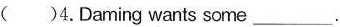
( )4. Daming wants some ___ .